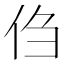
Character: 㑇